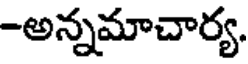
-అన్నమాచార్య.